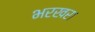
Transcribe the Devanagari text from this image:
भरखरा